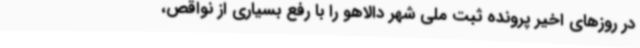
در روزهای اخیر پرونده ثبت ملی شهر دالاهو را با رفع بسیاری از نواقص،